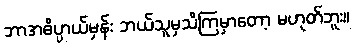
ဘာအဓိပ္ပာယ်မှန်း ဘယ်သူမှသိကြမှာတော့ မဟုတ်ဘူး။